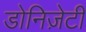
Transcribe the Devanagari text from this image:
डोनिज़ेटी